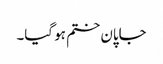
جاپان ختم ہو گیا۔